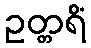
ဥတ္တရိံ